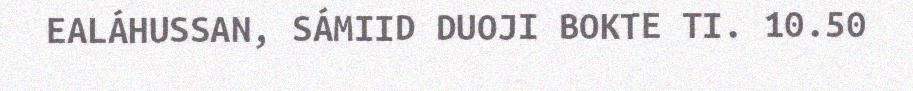
EALÁHUSSAN, SÁMIID DUOJI BOKTE TI. 10.50